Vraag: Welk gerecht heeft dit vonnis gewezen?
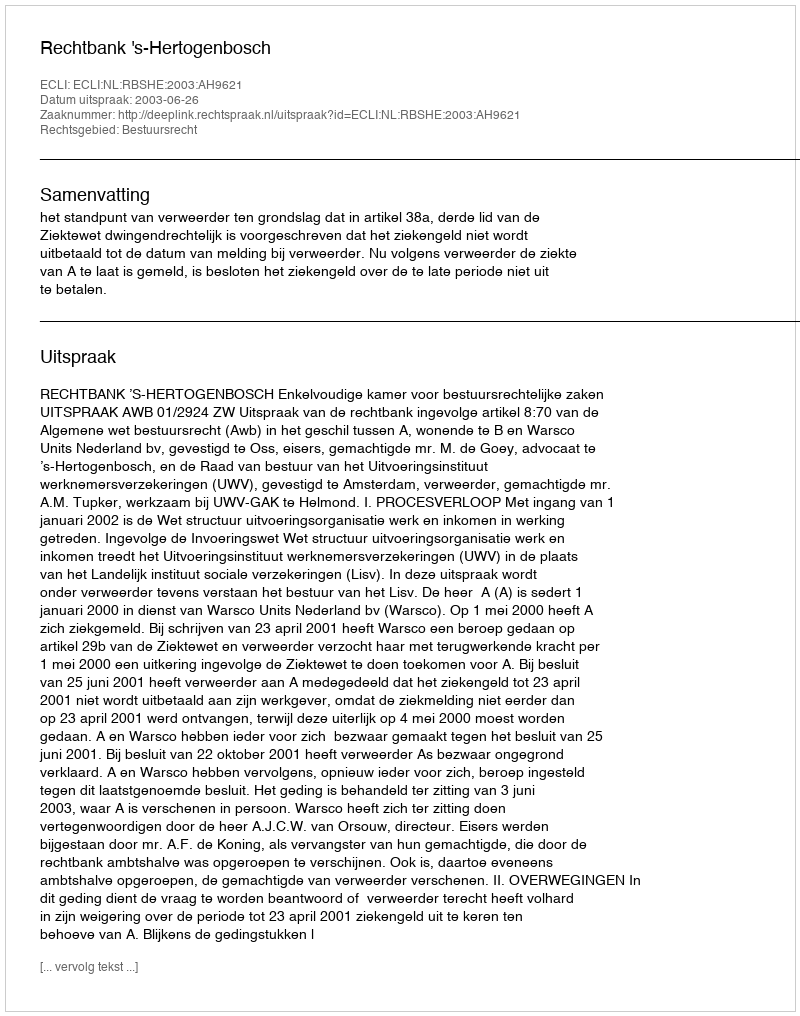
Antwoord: Rechtbank 's-Hertogenbosch